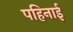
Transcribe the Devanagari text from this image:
पहिनाई